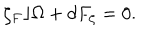
\zeta _ { F } \rfloor \Omega + d F _ { \zeta } = 0 .